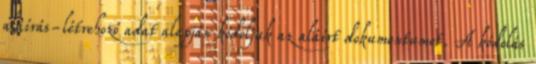
aláírás-létrehozó adat alapján kódoljuk az aláírt dokumentumot. A kódolás